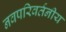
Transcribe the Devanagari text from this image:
नवपरिवर्तनीय